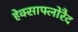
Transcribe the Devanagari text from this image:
हेक्साफ्लोरैद